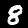
Label: 8